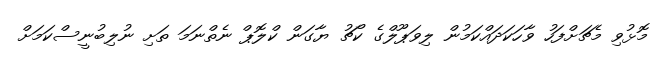
މޮޅުވި މެޗަށްފަހު ވާހަކަދައްކަމުން ލިވަޕޫލްގެ ކޯޗު ޔާގަން ކްލޮޕް ނެތްނަމަ ތަށި ނުލިބުނީސްކަމަށް